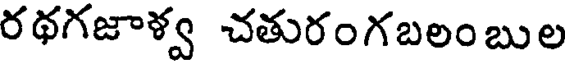
రథగజాళ్వ చతురంగబలంబుల